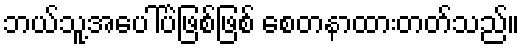
ဘယ်သူ့အပေါ်ပဲဖြစ်ဖြစ် စေတနာထားတတ်သည်။